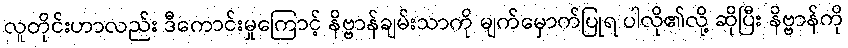
လူတိုင်းဟာလည်း ဒီကောင်းမှုကြောင့် နိဗ္ဗာန်ချမ်းသာကို မျက်မှောက်ပြုရ ပါလို၏လို့ ဆိုပြီး နိဗ္ဗာန်ကို